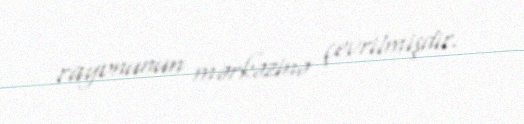
rayonunun mərkəzinə çevrilmişdir.